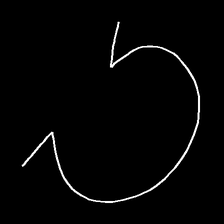
Glyph: weave